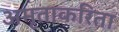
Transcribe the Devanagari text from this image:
अमृताकरिता